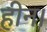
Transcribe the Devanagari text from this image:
हीन।